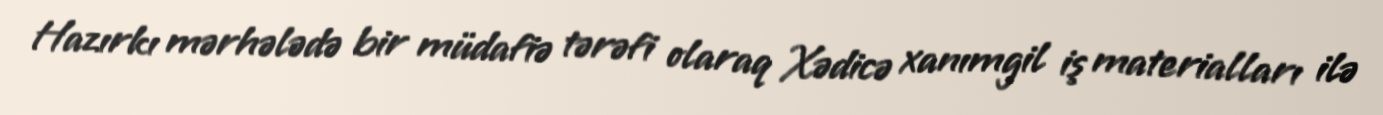
Hazırkı mərhələdə bir müdafiə tərəfi olaraq Xədicə xanımgil iş materialları ilə